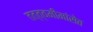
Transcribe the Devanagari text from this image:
तत्त्वमीमांसेत